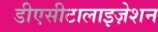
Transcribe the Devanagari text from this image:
डीएसीटालाइज़ेशन